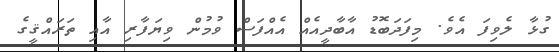
ގުޅާ ލެވިފަ އެވެ. މިފަދަބޮޑު އާބާދީއެއް އެއްފަސް ވުމުން ވިޔަފާރި އާއި ތަރައްޤީގެ